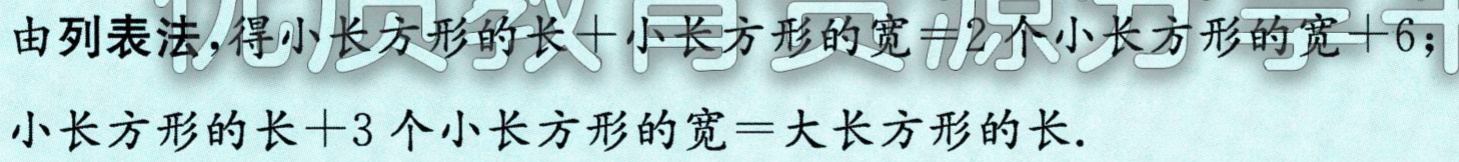
由列表法,得小长方形的长+小长方形的宽=2个小长方形的宽+6；

小长方形的长+3个小长方形的宽=大长方形的长.